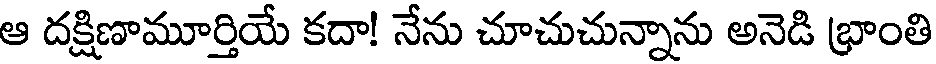
ఆ దక్షిణామూర్తియే కదా! నేను చూచుచున్నాను అనెడి భ్రాంతి